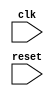
module Timing_Control_and_Synchronization (
    input wire clk,
    input wire reset,
    // Other input and output signals as needed
);

// Timing control block
always @(posedge clk or posedge reset) begin
    if (reset) begin
        // Reset state
        // Initialize timing parameters
    end else begin
        // Manage timing parameters such as setup and hold times, clock frequency, and data transfer rates
        // Generate necessary clock signals for bus operation
    end
end

// Synchronization block
always @(posedge clk or posedge reset) begin
    if (reset) begin
        // Reset state
        // Handle clock domain crossings
    end else begin
        // Ensure proper synchronization of data transfers between different clock domains
    end
end

// Other logic for coordinating data transfers between processor core and peripherals

endmodule